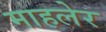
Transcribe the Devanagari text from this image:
माहलेर